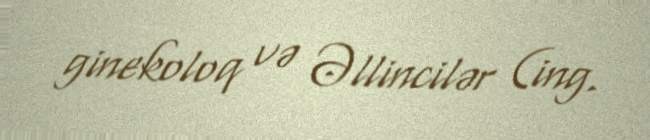
ginekoloq və Əllincilər (ing.